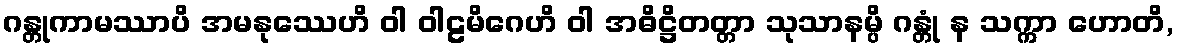
ဂန္တုကာမဿာပိ အမနုဿေဟိ ဝါ ဝါဠမိဂေဟိ ဝါ အဓိဋ္ဌိတတ္တာ သုသာနမ္ပိ ဂန္တုံ န သက္ကာ ဟောတိ,